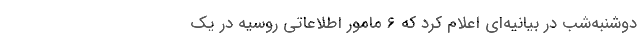
دوشنبه‌شب در بیانیه‌ای اعلام کرد که ۶ مامور اطلاعاتی روسیه در یک